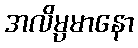
အလိမ္ပမာနော